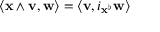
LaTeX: \langle \mathbf { x } \wedge \mathbf { v } , \mathbf { w } \rangle = \langle \mathbf { v } , i _ { \mathbf { x } ^ { \flat } } \mathbf { w } \rangle